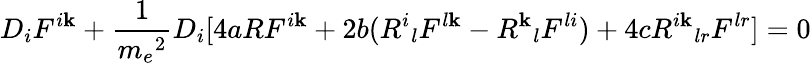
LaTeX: D_{i}F^{i\mathbf{k}}+\frac{{1}}{{{m_{e}}^{2}}}D_{i}[4aRF^{i\mathbf{k}}+2b({R^{i}}_{l}F^{l\mathbf{k}}-{R^{\mathbf{k}}}_{l}F^{li})+4c{R^{i\mathbf{k}}}_{lr}F^{lr}]=0